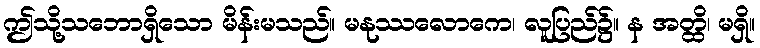
ဤသို့သဘောရှိသော မိန်းမသည်။ မနုဿလောကေ၊ လူပြည်၌။ န အတ္ထိ၊ မရှိ။